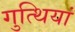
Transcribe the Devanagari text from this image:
गुत्थियां